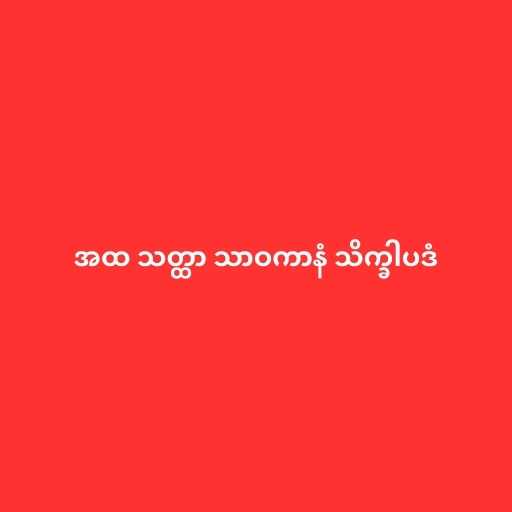
အထ သတ္ထာ သာဝကာနံ သိက္ခါပဒံ